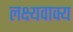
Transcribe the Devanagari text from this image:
लक्ष्यवाक्य